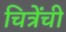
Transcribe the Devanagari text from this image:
चित्रेंची